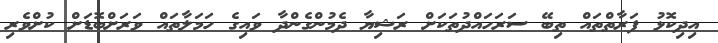
އިދިކޮޅު ފަރާތްތައް ތިބޭ ސަރަހައްދުތަކަށް ރަޝިޔާ ދެމުންގެންދާ ވައިގެ ހަމަލާތައް ވަރަށްބޮޑަށް ކުށްވެރި